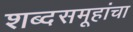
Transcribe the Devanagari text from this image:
शब्दसमूहांचा